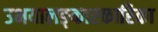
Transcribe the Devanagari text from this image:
उभयालङ्कारकारिका